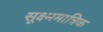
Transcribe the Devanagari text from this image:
सूक्ष्ममात्रिक